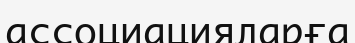
ассоциацияларға